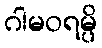
ဂါမဝရမ္ပိ